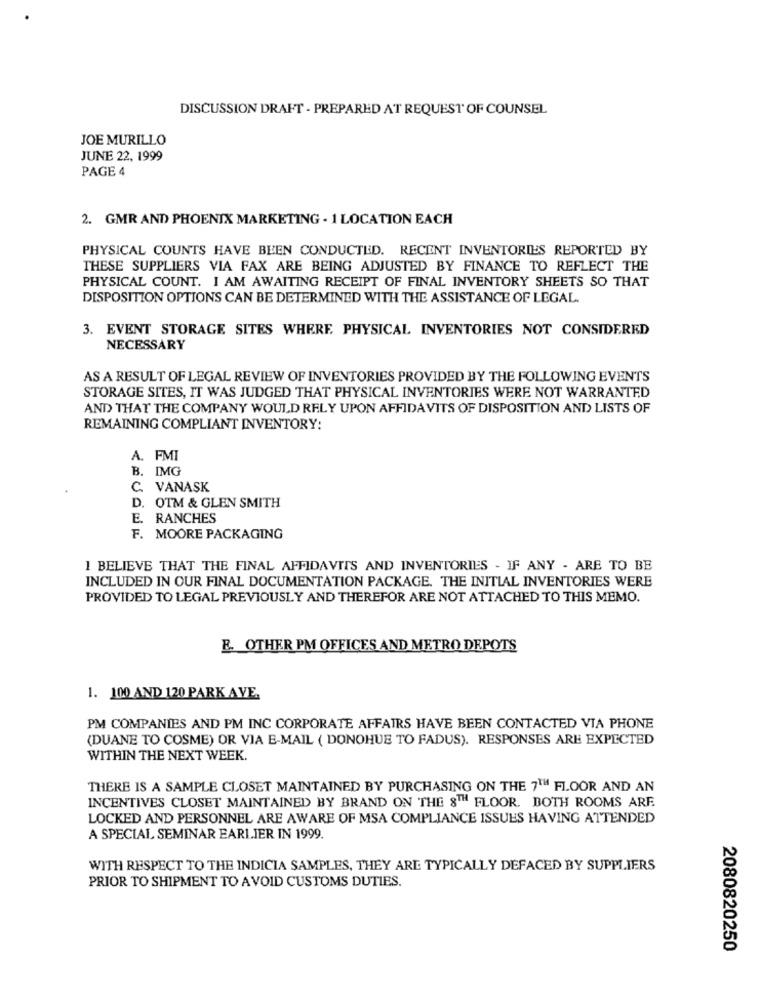
DISCUSSION DRAFT - PREPARED AT REQUEST OF COUNSEL
JOE MURILLO
JUNE 22, 1999
PAGE 4
2. GMR AND PHOENIX MARKETING - 1 LOCATION EACH
PHYSICAL COUNTS HAVE BEEN CONDUCTED. RECENT INVENTORIES REPORTED BY
THESE SUPPLIERS VIA FAX ARE BEING ADJUSTED BY FINANCE TO REFLECT THE
PHYSICAL COUNT. I AM AWAITING RECEIPT OF FINAL INVENTORY SHEETS SO THAT
DISPOSITION OPTIONS CAN BE DETERMINED WITH THE ASSISTANCE OF LEGAL.
3. EVENT STORAGE SITES WHERE PHYSICAL INVENTORIES NOT CONSIDERED
NECESSARY
AS A RESULT OF LEGAL REVIEW OF INVENTORIES PROVIDED BY THE FOLLOWING EVENTS
STORAGE SITES, IT WAS JUDGED THAT PHYSICAL INVENTORIES WERE NOT WARRANTED
AND THAT THE COMPANY WOULD RELY UPON AFFIDAVITS OF DISPOSITION AND LISTS OF
REMAINING COMPLIANT INVENTORY:
A. FMI
B. IMG
C. VANASK
D. OTM & GLEN SMITH
E. RANCHES
F. MOORE PACKAGING
1 BELIEVE THAT THE FINAL AFFIDAVITS AND INVENTORIES - IF ANY - ARE TO BE
INCLUDED IN OUR FINAL DOCUMENTATION PACKAGE. THE INITIAL INVENTORIES WERE
PROVIDED TO LEGAL PREVIOUSLY AND THEREFOR ARE NOT ATTACHED TO THIS MEMO.
E. OTHER PM OFFICES AND METRO DEPOTS
1. 100 AND 120 PARK AVE.
PM COMPANIES AND PM INC CORPORATE AFFAIRS HAVE BEEN CONTACTED VIA PHONE
(DUANE TO COSME) OR VIA E-MAIL ( DONOHUE TO FADUS). RESPONSES ARE EXPECTED
WITHIN THE NEXT WEEK.
THERE IS A SAMPLE CLOSET MAINTAINED BY PURCHASING ON THE 7TH FLOOR AND AN
INCENTIVES CLOSET MAINTAINED BY BRAND ON THE 8TH FLOOR. BOTH ROOMS ARE
LOCKED AND PERSONNEL ARE AWARE OF MSA COMPLIANCE ISSUES HAVING ATTENDED
A SPECIAL SEMINAR EARLIER IN 1999.
WITH RESPECT TO THE INDICIA SAMPLES, THEY ARE TYPICALLY DEFACED BY SUPPLIERS
PRIOR TO SHIPMENT TO AVOID CUSTOMS DUTIES.
2080820250